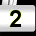
Digit: 2